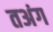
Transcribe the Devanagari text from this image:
तअंग